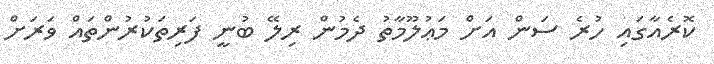
ކޮރެއާގައި ހުރެ ސަން އަށް މަޢުލޫމާތު ދެމުން ރިލޭ ބުނީ ފަރިތަކުރުންތައް ވަރަށް